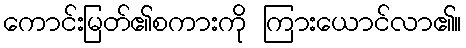
ကောင်းမြတ်၏စကားကို ကြားယောင်လာ၏။